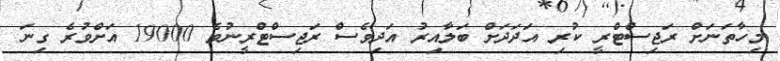
މިހާތަނަށް ރަޖިސްޓްރީ ކުރި އަދަދަށް ބަލާއިރު އަދިވެސް ރަޖިސްޓްރީނުވެ 19000 އަށްވުރެ ގިނަ